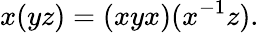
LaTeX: x(yz)=(xyx)(x^{-1}z).